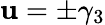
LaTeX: {\mathbf u}=\pm\gamma_{3}